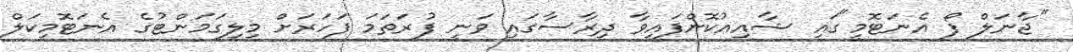
"ޖާނަލް ފޯ އެނަޓޮމީ"ގައި ޝާއިއުކޮށްފައިވާ ދިރާސާގައި ވަނީ ފުރަތަމަ ފަހަރަށް މިލިގަމަންޓުގެ އެނަޓޮމިކަލް